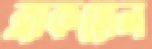
ব্ল্যাকহোল